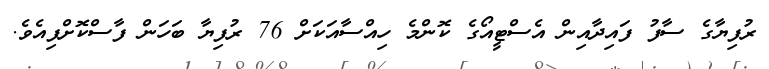
ރުފިޔާގެ ސާފު ފައިދާއިން އެސްޓީއޯގެ ކޮންމެ ހިއްސާއަކަށް 76 ރުފިޔާ ބަހަން ފާސްކޮށްފިއެވެ.